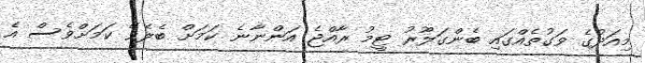
މިއަދުގެ ވަގުތެއްގައި ބެންގަލޫރު ޓީމު ރާއްޖެ އަންނާނެ ކަމަށް ބެލެވޭ ކަމަށްވެސް އެ